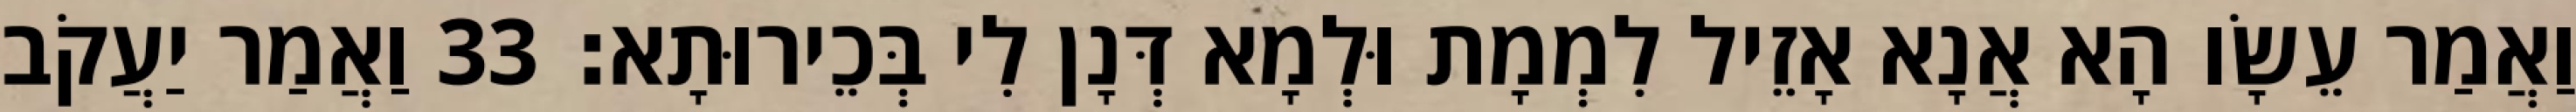
וַאֲמַר עֵשָׂו הָא אֲנָא אָזֵיל לִמְמָת וּלְמָא דְּנָן לִי בְּכֵירוּתָא׃ 33 וַאֲמַר יַעֲקֹב